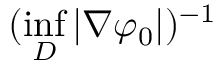
( \operatorname* { i n f } _ { D } | \nabla \varphi _ { 0 } | ) ^ { - 1 }